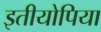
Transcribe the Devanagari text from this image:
इतीयोपिया